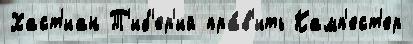
Хаст'иан Т'иб'ер'ий пра́в'ить Камп'ест'ер